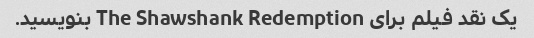
یک نقد فیلم برای The Shawshank Redemption بنویسید.